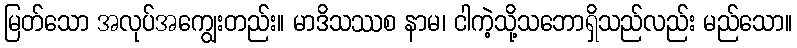
မြတ်သော အလုပ်အကျွေးတည်း။ မာဒိသဿစ နာမ၊ ငါကဲ့သို့သဘောရှိသည်လည်း မည်သော။